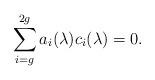
LaTeX: \begin{align*}\sum_{i=g}^{2g}a_i(\lambda)c_i(\lambda)=0.\end{align*}